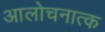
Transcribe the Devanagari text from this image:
आलोचनात्क